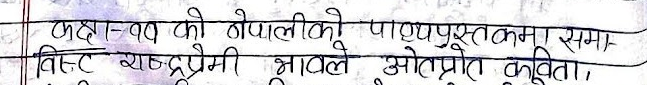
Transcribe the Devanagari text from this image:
कक्षा-१७ को नेपालीको पाठ्यपुस्तकमा समाविष्ट राष्ट्रप्रेमी भावले ओतप्रोत कविता,